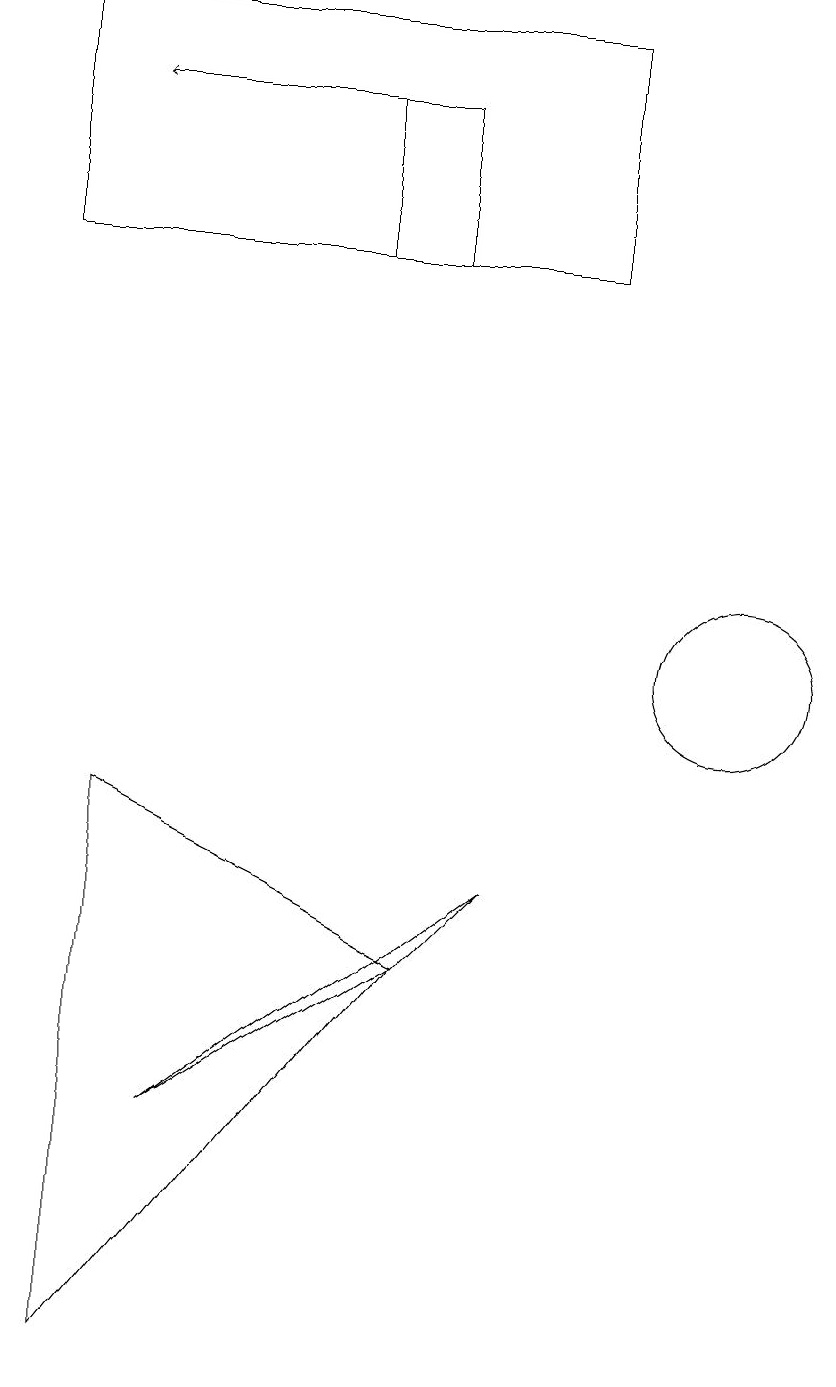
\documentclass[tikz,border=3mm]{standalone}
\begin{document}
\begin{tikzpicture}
\draw (4,4) -- (7,6) -- (8,7) -- cycle;
\draw (11,10) circle (1);
\draw[->] (6,17) -- (3,17);
\draw (2,15) rectangle (9,18);
\draw (3,8) -- (3,1) -- (7,6) -- cycle;
\draw (7,17) rectangle (6,15);
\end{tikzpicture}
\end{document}